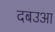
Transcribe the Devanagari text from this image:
दबउआ